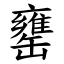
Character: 罋